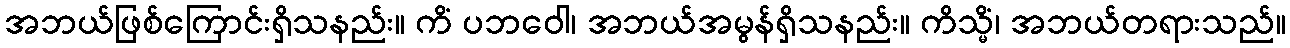
အဘယ်ဖြစ်ကြောင်းရှိသနည်း။ ကိံ ပဘဝေါ၊ အဘယ်အမွန်ရှိသနည်း။ ကိသ္မိံ၊ အဘယ်တရားသည်။